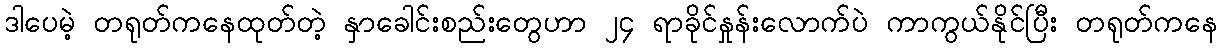
ဒါပေမဲ့ တရုတ်ကနေထုတ်တဲ့ နှာခေါင်းစည်းတွေဟာ ၂၄ ရာခိုင်နှုန်းလောက်ပဲ ကာကွယ်နိုင်ပြီး တရုတ်ကနေ